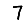
Digit: 7